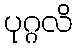
ပုဂ္ဂလိ